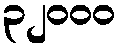
၃၂၀၀၀